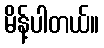
မိန့်ပါတယ်။